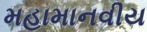
મહામાનવીય